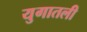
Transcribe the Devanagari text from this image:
युगातली